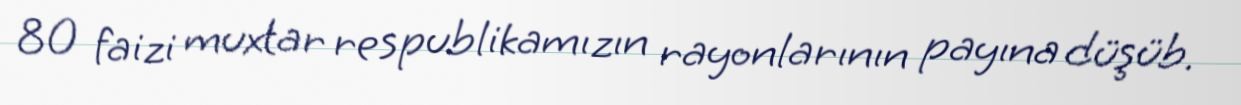
80 faizi muxtar respublikamızın rayonlarının payına düşüb.